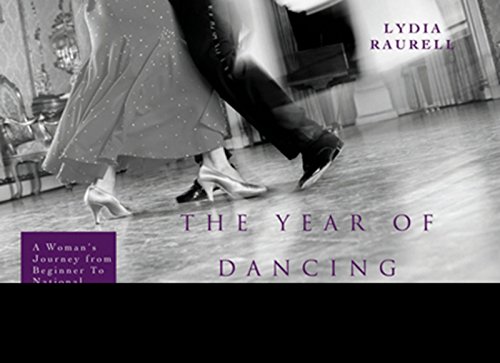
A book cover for The Year of Dancing Dangerously: One Woman's Journey from Beginner to Winner; Lydia Raurell; Biographies & Memoirs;